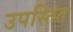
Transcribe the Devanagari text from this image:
उपस्तित